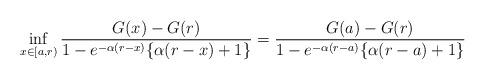
LaTeX: \begin{align*}\inf_{x \in [a,r)} \frac{G(x) - G(r)}{1-e^{-\alpha(r-x)}\{\alpha(r-x)+1\}} = \frac{G(a) - G(r)}{1-e^{-\alpha(r-a)}\{\alpha(r-a)+1\}} \end{align*}